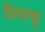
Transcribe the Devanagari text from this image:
प्रियान्शु